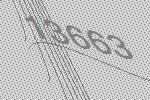
13663